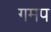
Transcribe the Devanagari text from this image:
गमप